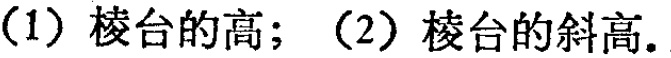
(1) 棱台的高；(2) 棱台的斜高.